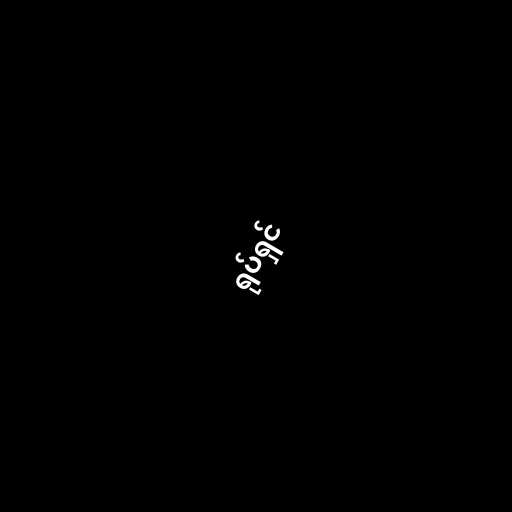
ရုပ်ရှင်